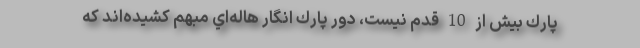
پارك بيش از 10 قدم نيست، دور پارك انگار هاله‌اي مبهم كشيده‌اند كه